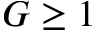
G \ge 1